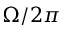
\Omega / 2 \pi